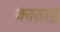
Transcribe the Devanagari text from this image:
काताई